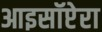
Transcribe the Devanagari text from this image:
आइसॉप्टेरा